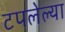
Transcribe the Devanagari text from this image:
टपलेल्या